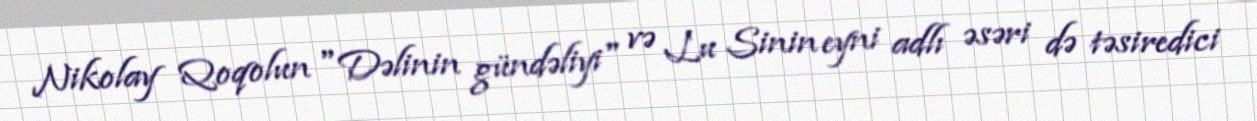
Nikolay Qoqolun "Dəlinin gündəliyi" və Lu Sinin eyni adlı əsəri də təsiredici